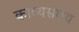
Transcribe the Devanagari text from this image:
काव्यसमय